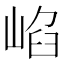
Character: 𡸞